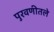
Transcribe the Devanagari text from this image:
पुरवणीतले